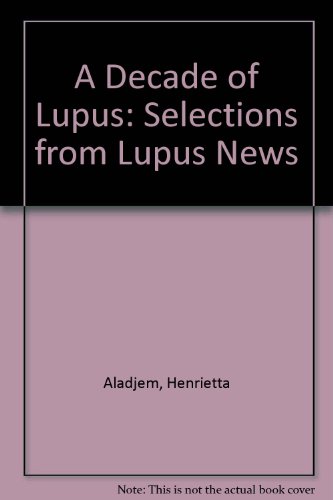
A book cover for A Decade of Lupus: Selections from Lupus News; Henrietta Aladjem; Health, Fitness & Dieting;